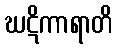
ဃဋိကာရာတိ